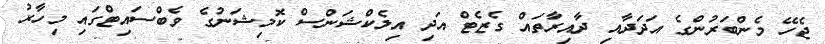
ޖެހޭ މެންބަރުންގެ އަދަދާއި ދާއިރާތައް ގެޒެޓް އަދި އިލެކްޝަންސް ކޮމިޝަނުގެ ވެބްސައިޓްގައި މިހާރު